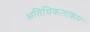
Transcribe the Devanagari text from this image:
अतिथिकलाकार